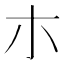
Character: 朩